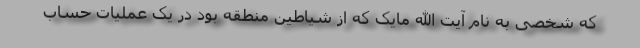
که شخصی به نام آیت الله مایک که از شیاطین منطقه بود در یک عملیات حساب